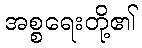
အစ္စရေးတို့၏